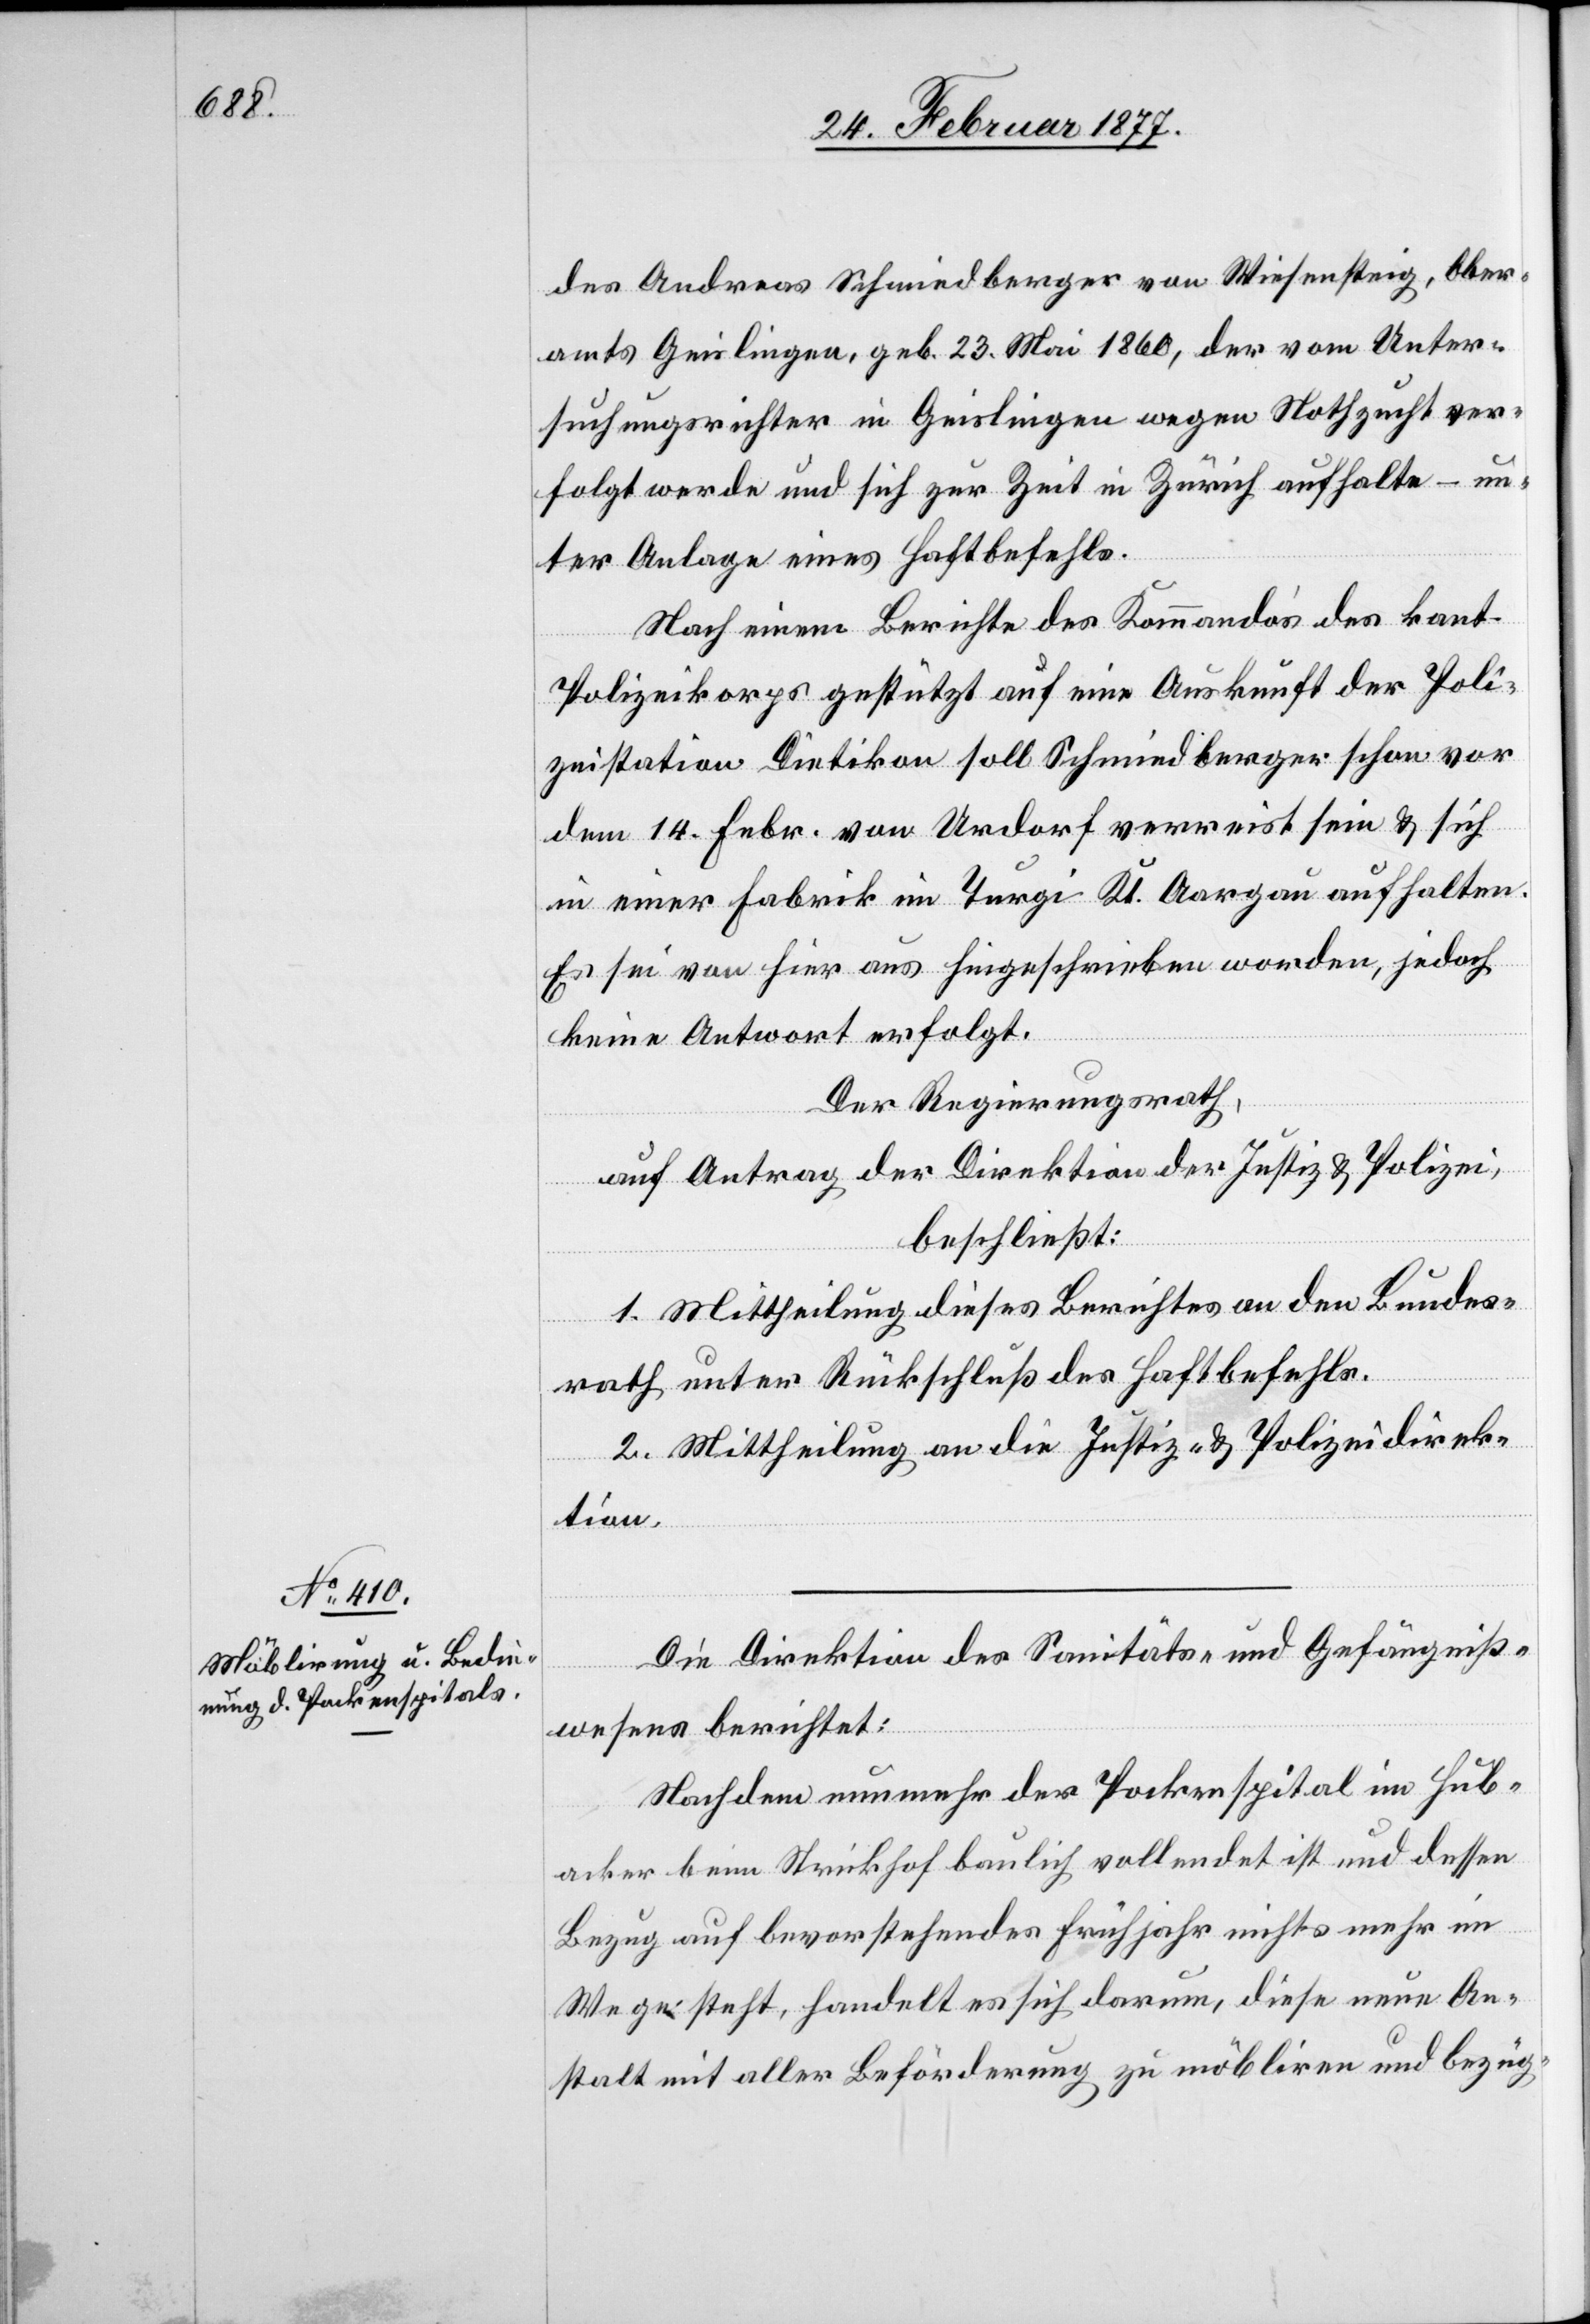
des Andreas Schmidberger von Wiesensteig, Ober¬
amts Geislingen, geb. 23 Mai. 1860, der vom Unter¬
suchungsrichter in Geislingen wegen Nothzucht ver¬
folgt werde und sich zur Zeit in Zürich aufhalte – un¬
ter Anlage eines Haftbefehls.
Nach einem Berichte des Kommandos des kant.
Polizeikorps gestützt auf eine Auskunft der Poli¬
zeistation Dietikon soll Schmidberger schon vor
dem 14. Febr. von Urdorf verreist sein & sich
in einer Fabrik in Turgi Kt. Aargau aufhalten.
Es sei von hier aus hingeschrieben worden, jedoch
keine Antwort erfolgt.
Der Regierungsrath,
auf Antrag der Direktion der Justiz & Polizei,
beschließt:
1. Mittheilung dieses Berichtes an den Bundes¬
rath unter Rückschluß des Haftbefehls.
2. Mittheilung an die Justiz- & Polizeidirek¬
tion.
Die Direktion des Sanitäts- und Gefängniß¬
wesens berichtet:
Nachdem nunmehr der Pockenspital im Hub¬
acker beim Strickhof baulich vollendet ist und dessen
Bezug auf bevorstehendes Frühjahr nichts mehr im
Wege steht, handelt es sich darum, diese neue An¬
stalt mit aller Beförderung zu möbliren und bezüg-